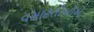
વસાહતીઓએ